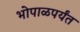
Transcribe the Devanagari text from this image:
भोपाळपर्यंत